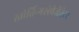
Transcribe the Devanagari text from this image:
स्तोर्तिन्गस्रेप्रेजेंतेटर